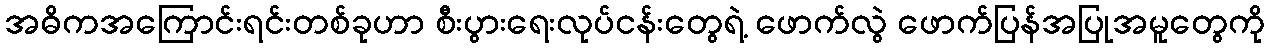
အဓိကအကြောင်းရင်းတစ်ခုဟာ စီးပွားရေးလုပ်ငန်းတွေရဲ့ ဖောက်လွဲ ဖောက်ပြန်အပြုအမူတွေကို